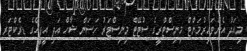
މިއަދު އެންވައިރުމަންޓް މިނިސްޓްރީގެ ސުޓޭޓް މިނިސްޓަރު ހަސަން ޝާހް އަދި އީފީއޭގެ ޑިރެކްޓަރ